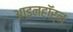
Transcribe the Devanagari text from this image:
आइनहॉर्न